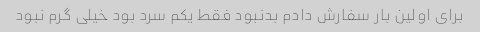
برای اولین بار سفارش دادم بدنبود فقط یکم سرد بود خیلی گرم نبود